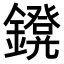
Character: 𨮴